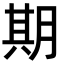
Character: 期